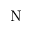
\mathrm { N }